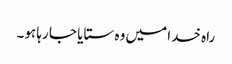
راہ خدا میں وہ ستایا جا رہا ہو۔